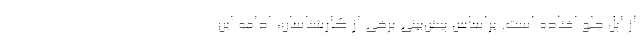
از اپل جلو افتاده است. براساس پیش‌بینی برخی از کارشناسان، ادامه این